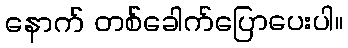
နောက် တစ်ခေါက်ပြောပေးပါ။